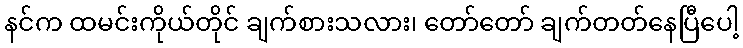
နင်က ထမင်းကိုယ်တိုင် ချက်စားသလား၊ တော်တော် ချက်တတ်နေပြီပေါ့